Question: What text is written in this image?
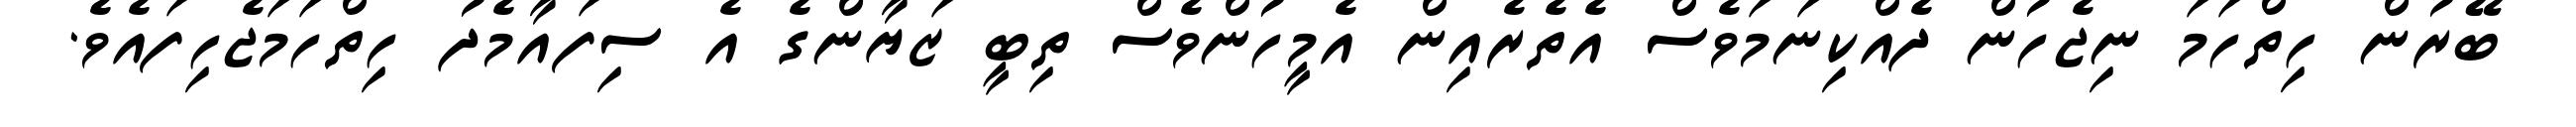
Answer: ބޭރުން ހިތްހަމަ ނިޖެހުން ދެއްކިނަމަވެސް އެތެރެއިން އެމީހުންވެސް ތިބީ ޒަޔާންގެ އެ ސިފައާމެދު ހިތްހަމަޖެހިފައެވެ.